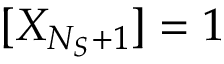
[ X _ { N _ { S } + 1 } ] = 1